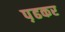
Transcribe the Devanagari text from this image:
प़ढकर